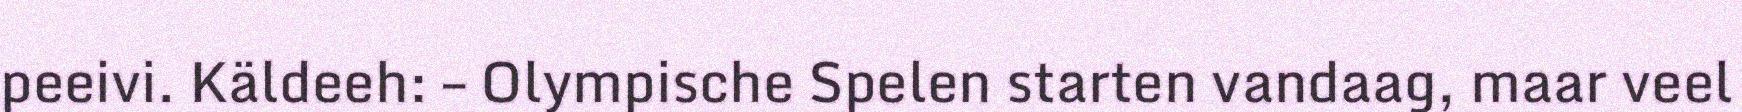
peeivi. Käldeeh: – Olympische Spelen starten vandaag, maar veel